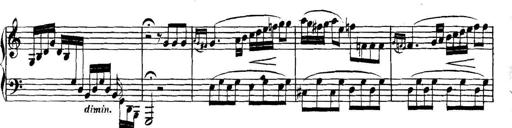
Title: Collected Piano Sonatas
Composer: Muzio Clementi